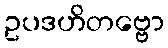
ဥပဒဟိတဗ္ဗော